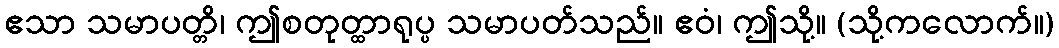
ဧသာ သမာပတ္တိ၊ ဤစတုတ္ထာရုပ္ပ သမာပတ်သည်။ ဧဝံ၊ ဤသို့။ (သို့ကလောက်။)